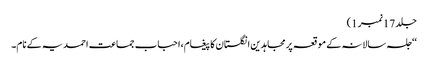
جلد 17نمبر 1)
‘‘جلسہ سالانہ کے موقعہ پرمجاہدین انگلستان کا پیغام،احباب جماعت احمدیہ کے نام۔